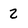
Character: 2